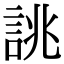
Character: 誂